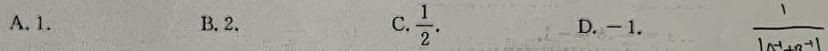
A. 1.
B. 2.
C. $\frac{1}{2}$.
D. $-1$.